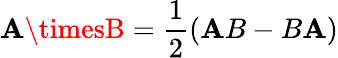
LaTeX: \mathbf{A}\timesB={\frac{{1}}{{2}}}(\mathbf{A}B-B\mathbf{A})